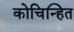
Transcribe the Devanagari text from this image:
कोचिन्हित